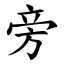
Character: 旁